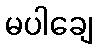
မပါချေ